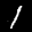
Label: 1